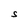
Character: S